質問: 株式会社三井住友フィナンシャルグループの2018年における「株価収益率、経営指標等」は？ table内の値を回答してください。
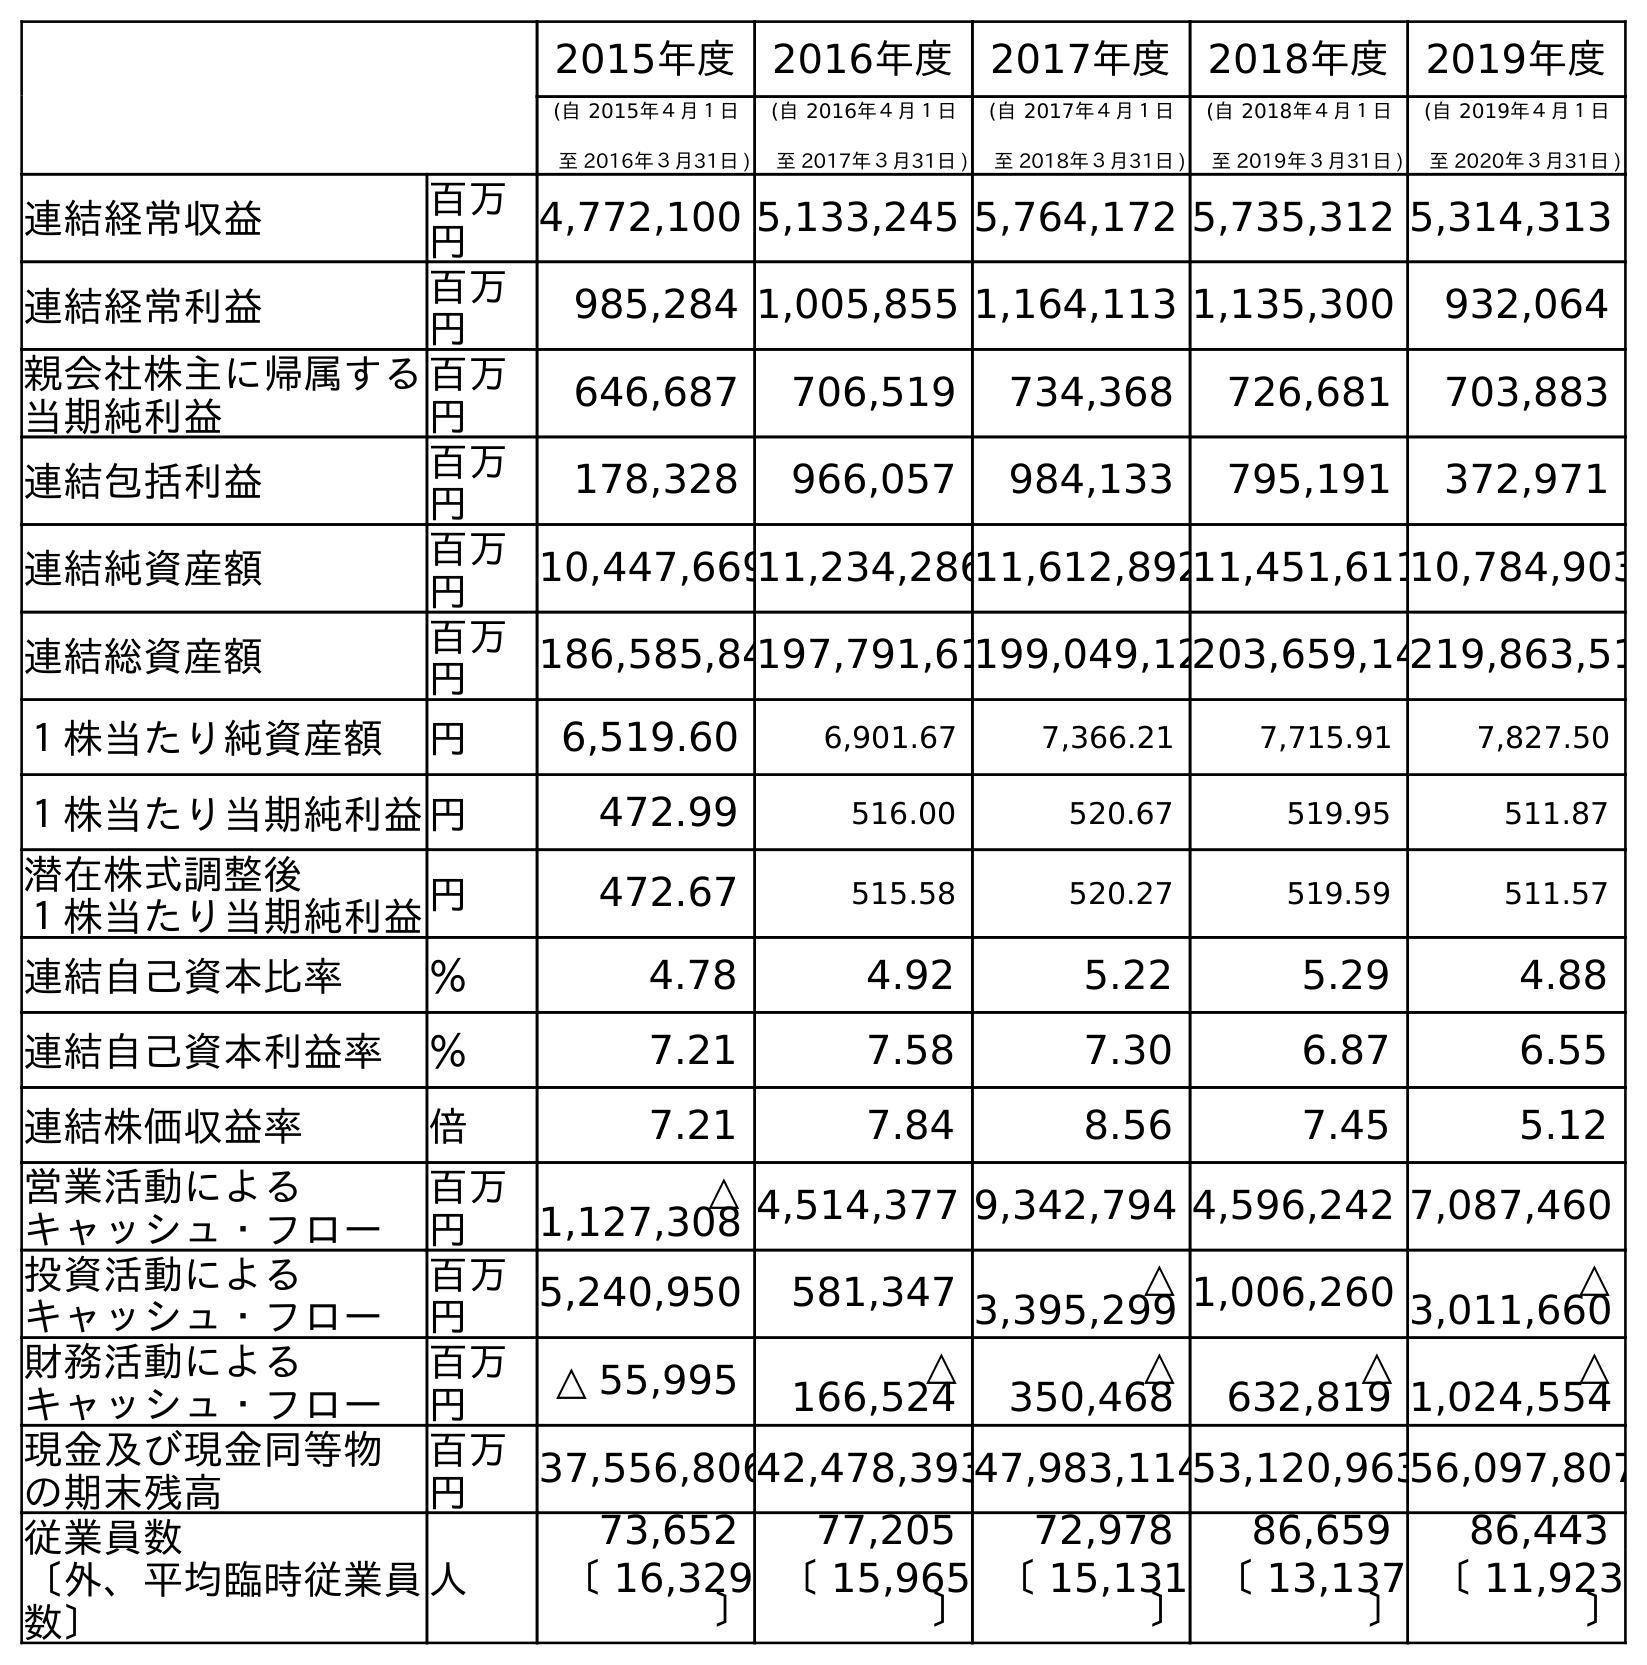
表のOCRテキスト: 2015年度 2016年度 2017年度 2018年度 2019年度 (自 2015年４月１日 至 2016年３月31日 ) (自 2016年４月１日 至 2017年３月31日 ) (自 2017年４月１日 至 2018年３月31日 ) (自 2018年４月１日 至 2019年３月31日 ) (自 2019年４月１日 至 2020年３月31日 ) 連結経常収益 百万 円 4,772,100 5,133,245 5,764,172 5,735,312 5,314,313 連結経常利益 百万 円 985,284 1,005,855 1,164,113 1,135,300 932,064 親会社株主に帰属する 当期純利益 百万 円 646,687 706,519 734,368 726,681 703,883 連結包括利益 百万 円 178,328 966,057 984,133 795,191 372,971 連結純資産額 百万 円 10,447,66911,234,28611,612,89211,451,61110,784,903 連結総資産額 百万 円 186,585,84197,791,61199,049,12203,659,14219,863,51 １株当たり純資産額 円 6,519.60 6,901.67 7,366.21 7,715.91 7,827.50 １株当たり当期純利益円 472.99 516.00 520.67 519.95 511.87 潜在株式調整後 １株当たり当期純利益円 472.67 515.58 520.27 519.59 511.57 連結自己資本比率 ％ 4.78 4.92 5.22 5.29 4.88 連結自己資本利益率 ％ 7.21 7.58 7.30 6.87 6.55 連結株価収益率 倍 7.21 7.84 8.56 7.45 5.12 営業活動による キャッシュ・フロー 百万 円 △ 1,127,308 4,514,377 9,342,794 4,596,242 7,087,460 投資活動による キャッシュ・フロー 百万 円 5,240,950 581,347 △ 3,395,299 1,006,260 △ 3,011,660 財務活動による キャッシュ・フロー 百万 円 △ 55,995 △ 166,524 △ 350,468 △ 632,819 △ 1,024,554 現金及び現金同等物 の期末残高 百万 円 37,556,80642,478,39347,983,11453,120,96356,097,807 従業員数 〔外、平均臨時従業員 数〕 人 73,652 77,205 72,978 86,659 86,443 〔 16,329 〕 〔 15,965 〕 〔 15,131 〕 〔 13,137 〕 〔 11,923 〕
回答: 8.56